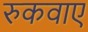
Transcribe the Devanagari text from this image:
रुकवाए